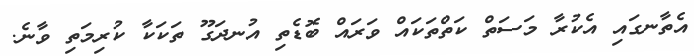
އެތާނގައި އެކުރާ މަސަތް ކަތްތަކައް ވަރައް ބޮޑެތި އުނދަގޫ ތަކަކާ ކުރިމަތި ވާނެ.